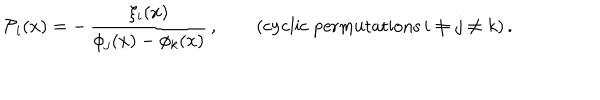
{ \cal P } _ { i } ( x ) = - \, \frac { \xi _ { i } ( x ) } { \phi _ { j } ( x ) - \phi _ { k } ( x ) } \, , \qquad ( \mathrm { c y c l i c ~ p e r m u t a t i o n s } \, i \not = j \not = k ) \, .